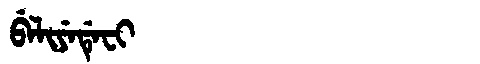
Manchu: ᠪᡝᠯᡳᠶᡝᡩᡝᠸᡳ
Romanization: BELIYEDEFI